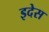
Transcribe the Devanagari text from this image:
इदेस